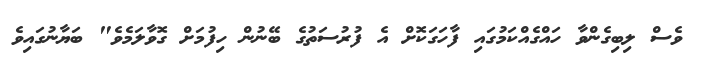
ވެސް ލިބިގެންވާ ހައްގެއްކަމުގައި ފާހަގަކޮށް އެ ފުރުސަތުގެ ބޭނުން ހިފުމަށް ގޮވާލަމެވެ" ބަޔާނުގައިވެ